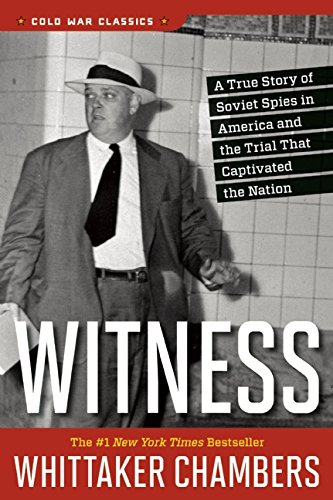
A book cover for Witness (Cold War Classics); Whittaker Chambers; Biographies & Memoirs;